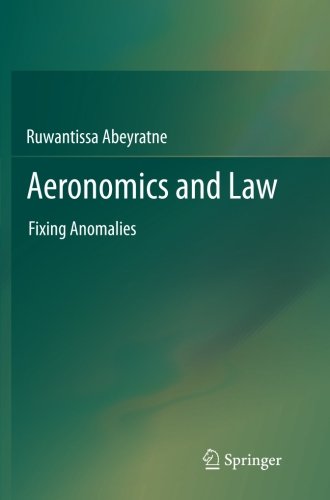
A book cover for Aeronomics and Law: Fixing Anomalies; Ruwantissa Abeyratne; Law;